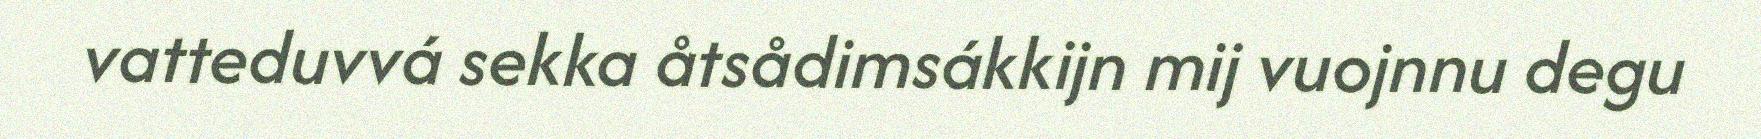
vatteduvvá sekka åtsådimsákkijn mij vuojnnu degu